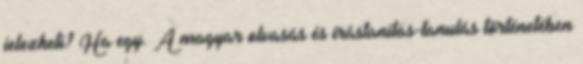
jelezheti? Ha egy. A magyar olvasás és írástanítás-tanulás történetében